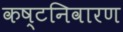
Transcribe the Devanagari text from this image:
कष्टनिवारण